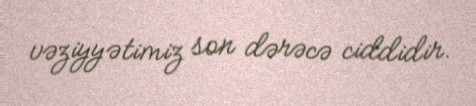
vəziyyətimiz son dərəcə ciddidir.